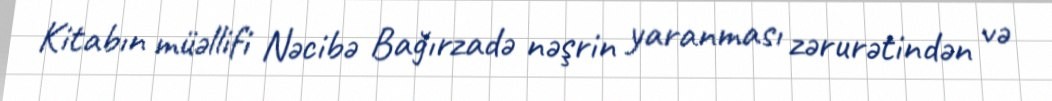
Kitabın müəllifi Nəcibə Bağırzadə nəşrin yaranması zərurətindən və